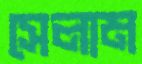
সেলাম